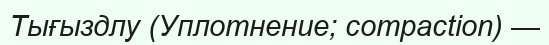
Тығыздлу (Уплотнение; compaction) —